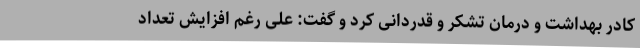
کادر بهداشت و درمان تشکر و قدردانی کرد و گفت: علی رغم افزایش تعداد